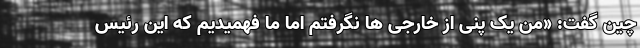
چین گفت: «من یک پنی از خارجی ها نگرفتم اما ما فهمیدیم که این رئیس